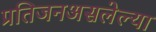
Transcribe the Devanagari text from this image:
प्रतिजनअसलेल्या